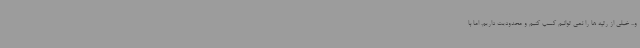
و... خیلی از رتبه ها را نمی توانیم کسب کنیم و محدودیت داریم. اما با